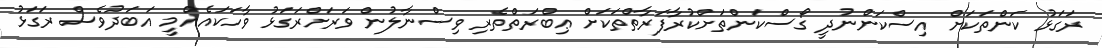
ރަގަޅު ކަންތަކަށް އިސްކަންނުދީ ގޯސްކަންތަށްކުރާފަރާތްތަކަށް ޢިބްރަތްތެރި ވިސްނާލުން ވަރަށްރަގަޅު ވާހަކައެއްމީ އަބަދުވެސް ރަގަޅު